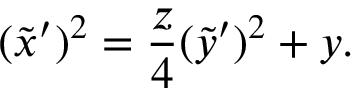
( \tilde { x } ^ { \prime } ) ^ { 2 } = \frac { z } { 4 } ( \tilde { y } ^ { \prime } ) ^ { 2 } + y .